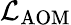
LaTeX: \mathcal{L}_{\mathrm{AOM}}